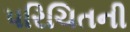
પરિચિતની